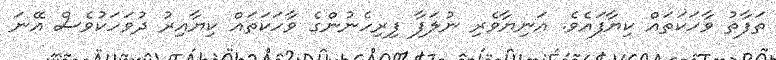
ތަފާތު ވާހަކަތައް ކިޔާފައެވެ. އަނިޔާވެރި ނުލަފާ ފިރިހެނުންގެ ވާހަކަތައް ކިޔާއިރު ދުވަހަކުވެސް އޭނަ